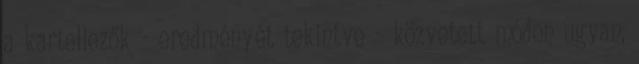
a kartellezők - eredményét tekintve - közvetett módon ugyan,